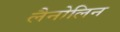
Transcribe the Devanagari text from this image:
लैनोलिन